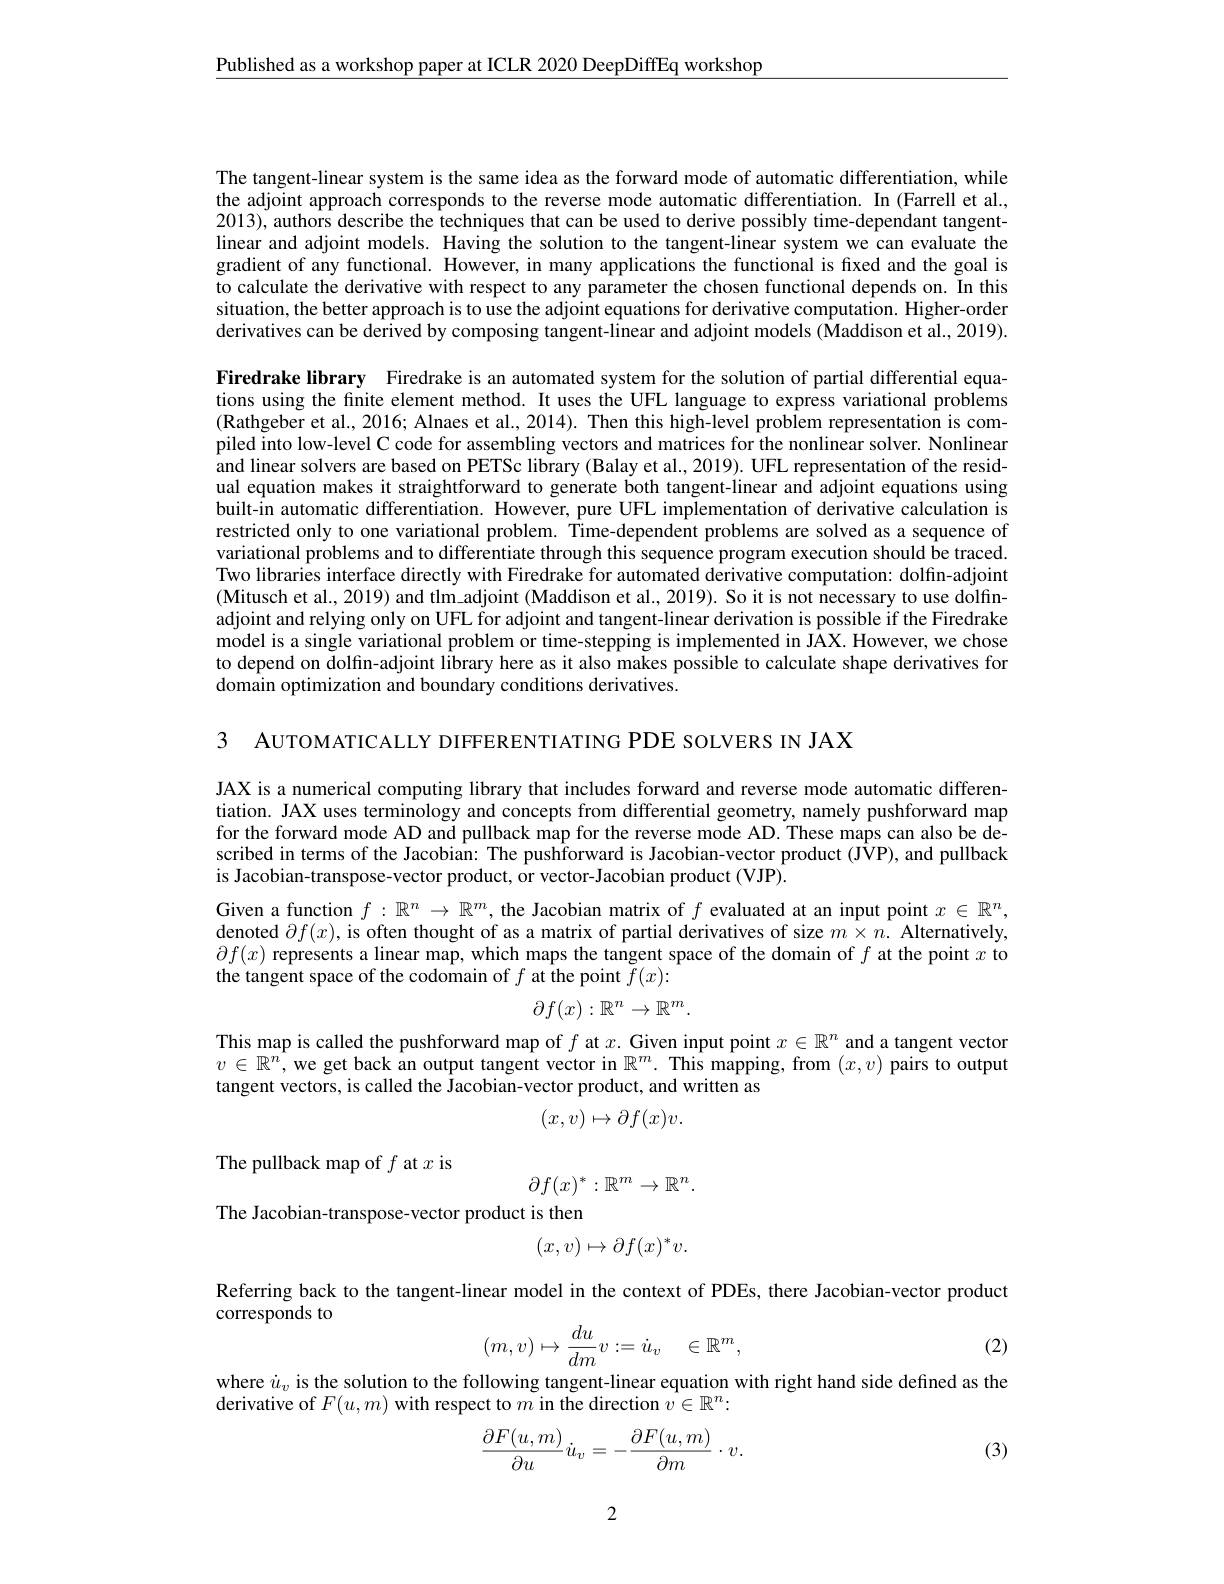
$\underline{\text{Published as a workshop paper at ICLR 2020 DeepDiffEq workshop}}$

The tangent-linear system is the same idea as the forward mode of automatic differentiation, while the adjoint approach corresponds to the reverse mode automatic differentiation. In (Farrell et al. 2013), authors describe the techniques that can be used to derive possibly time-dependant tangentlinear and adjoint models. Having the solution to the tangent-linear system we can evaluate the gradient of any functional. However, in many applications the functional is functional is fixed and the goal is to calculate the derivative with respect to any parameter the chosen functional depends on. In this situation, the better approach is to use the adjoint equations for derivative computation. Higher-order derivatives can be derived by composing tangent-linear and adjoint models (Maddison et al., 2019).

Firedrake library Firedrake is an automated system for the solution of partial differential equations using the finite element method. It uses the UFL language to express variational problems (Rathgeber et al., 2016; Alnaes et al., 2014). Then this high-level problem representation is compiled into low-level C code for assembling vectors and matrices for the nonlinear solver. Nonlinear and linear solvers are based on PETSc library (Balay et al., 2019). UFL representation of the residual equation makes it straightforward to generate both tangent-linear and adjoint equations using built-in automatic differentiation. However, pure UFL implementation of derivative calculation is restricted only to one variational problem. Time-dependent problems are solved as a sequence of variational problems and to differentiate through this sequence program execution should be traced. Two libraries interface directly with Firedrake for automated derivative computation: dolfin-adjoint (Mitusch et al., 2019) and tlm\_adjoint (Maddison et al., 2019). So it is not necessary to use dolfinadjoint and relying only on UFL for adjoint and tangent-linear derivation is possible if the Firedrake model is a single variational problem or time-stepping is implemented in JAX. However, we chose to depend on dolfin-adjoint library here as it also makes possible to calculate shape derivatives for domain optimization and boundary conditions derivatives.

3 AUTOMATICALLY DIFFERENTIATING PDE SOLVERS IN JAX

JAX is a numerical computing library that includes forward and reverse mode automatic differentiation. JAX uses terminology and concepts from differential geometry, namely pushforward map for the forward mode AD and pullback map for the reverse mode AD. These maps can also be described in terms of the Jacobian: The pushforward is Jacobian-vector product ( {ÔVP), and pullback} is Jacobian-transpose-vector product, or vector-Jacobian product (VJP).
Given a function $f:\mathbb{R}^n\to\mathbb{R}^m$, the Jacobian matrix of $f$ evaluated at an input point $x\in\mathbb{R}^n$, denoted $\partial f(x)$, is often thought of as a matrix of partial derivatives of size $m\times n.$ Alternatively, $\partial f(x)$ represents a linear map, which maps the tangent space of the domain of $f$ at the point $x$ to the tangent space of the codomain of $f$ at the point $f(x):$
$$\partial f(x):\mathbb{R}^n\to\mathbb{R}^m.$$
This map is called the pushforward map of $f$ at $x.$ Given input point $x\in\mathbb{R}^n$ and a tangent vector $v\in\mathbb{R}^n,\hat{\text{we get back an output tangent vector in }\mathbb{R}}^m.$ This mapping, from $(x,v)$ pairs to output tangent vectors, is called the Jacobian-vector product, and written as
$$(x,v)\mapsto\partial f(x)v.$$
The pullback map of $f$ at $x$ is

$\partial f(x)^*:\mathbb{R}^m\to\mathbb{R}^n.$

The Jacobian-transpose-vector product is then
$$(x,v)\mapsto\partial f(x)^*v.$$
Referring back to the tangent-linear model in the context of PDEs, there Jacobian-vector product
corresponds to
$$(m,v)\mapsto\dfrac{du}{dm}v:=\dot{u}_v\quad\in\mathbb{R}^m,$$
(2)

where $i_v$ is the solution to the following tangent-linear equation with right hand side defined as the
derivative of $F(u,m)$ with respect to $m$ in the direction $v\in\mathbb{R}^n:$
$$\begin{aligned}\frac{\partial F(u,m)}{\partial u}\dot{u}_v=-\frac{\partial F(u,m)}{\partial m}\cdot v.\end{aligned}$$
(3)

2